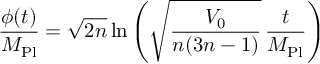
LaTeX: \qquad \frac { \phi ( t ) } { M _ { \mathrm { P l } } } = \sqrt { 2 n } \ln \left( \sqrt { \frac { V _ { 0 } } { n ( 3 n - 1 ) } } \, \frac { t } { M _ { \mathrm { P l } } } \right)